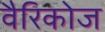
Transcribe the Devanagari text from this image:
वैरिकोज